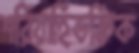
শরিয়াহিভক্তিক